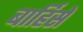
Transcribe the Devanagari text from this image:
बार्हिसे